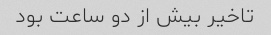
تاخیر بیش از دو ساعت بود